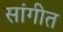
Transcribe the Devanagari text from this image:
सांगीत